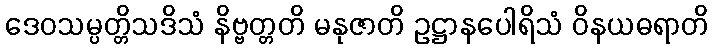
ဒေဝသမ္ပတ္တိသဒိသံ နိဗ္ဗတ္တတိ မနုဇာတိ ဥဋ္ဌာနပေါရိသံ ဝိနယဓရာတိ